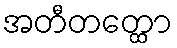
အတီတတ္ထော